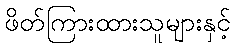
ဖိတ်ကြားထားသူများနှင့်